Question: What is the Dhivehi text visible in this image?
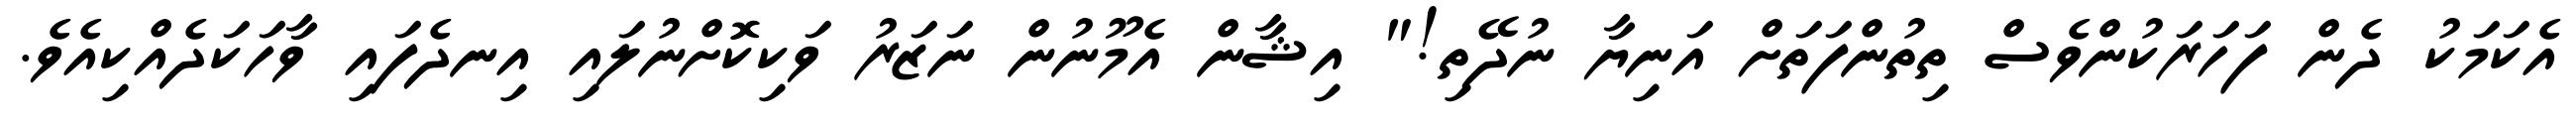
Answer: އެކަމަކު ދެން ފަހަރަކުންވެސް ތިތުންފަތަށް އަނިޔާ ނުދޭތި!" އިޝާން އެމޫނުން ނަޒަރު ވަކިކޮށްނުލައި އިނދެފައި ވާހަކަދެއްކިއެވެ.